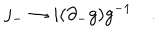
j _ { - } \to i ( \partial _ { - } g ) g ^ { - 1 } \quad .